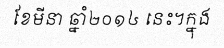
ខែមីនា ឆ្នាំ២០១៤ នេះ។ក្នុង